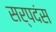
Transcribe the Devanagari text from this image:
सर्पदंस